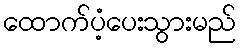
ထောက်ပံ့ပေးသွားမည်